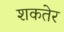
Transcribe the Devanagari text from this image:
शकतेर